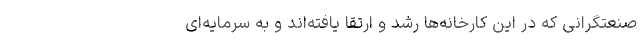
صنعتگرانی که در این کارخانه‌ها رشد و ارتقا یافته‌اند و به سرمایه‌ای